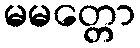
မမတ္တော